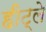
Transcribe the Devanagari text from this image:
हीट्ले